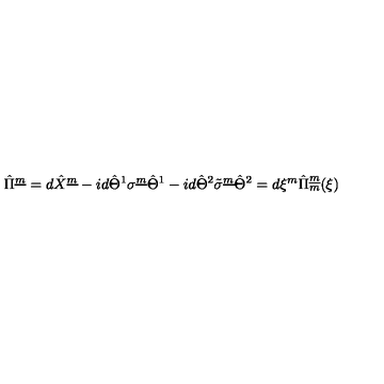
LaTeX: \hat { \Pi } ^ { \underline { { m } } } = d \hat { X } ^ { \underline { { m } } } - i d \hat { \Theta } ^ { 1 } { \sigma } ^ { \underline { { m } } } \hat { \Theta } ^ { 1 } - i d \hat { \Theta } ^ { 2 } \tilde { \sigma } ^ { \underline { { m } } } \hat { \Theta } ^ { 2 } = d \xi ^ { m } \hat { \Pi } _ { m } ^ { \underline { { m } } } ( \xi )